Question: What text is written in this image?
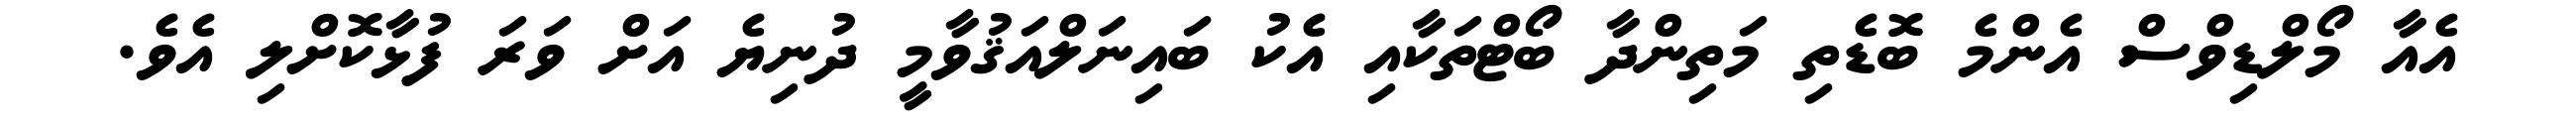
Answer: އެއާ މޯލްޑިވްސް އެންމެ ބޮޑެތި މަތިންދާ ބޯޓްތަކާއި އެކު ބައިނަލްއަޤުވާމީ ދުނިޔެ އަށް ވަރަ ފުޅާކޮށްލި އެވެ.